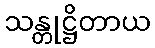
သန္တုဋ္ဌိတာယ